Calcutta medical institutions reports 1879-81 [i.e.91]
Year: 1879
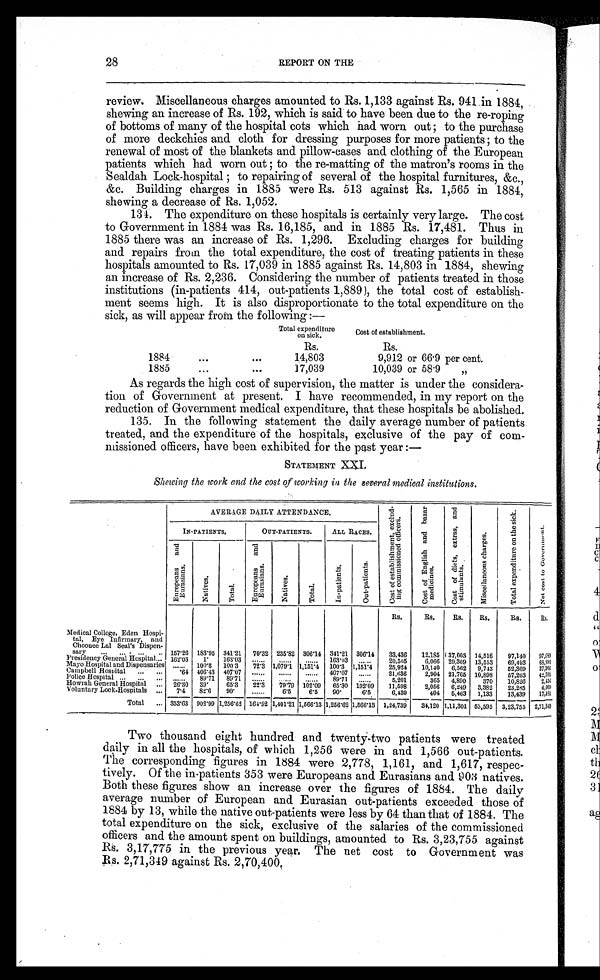
28
REPORT ON THE
review. Miscellaneous charges amounted to Rs. 1,133 against Rs. 941 in 1884,
shewing an increase of Rs. 192, which is said to have been due to the re-roping
of bottoms of many of the hospital cots which had worn out ; to the purchase
of more deckchies and cloth for dressing purposes for more patients ; to the
renewal of most of the blankets and pillow-cases and clothing of the European
patients which had worn out ; to the re-matting of the matron.s rooms in the
Sealdah Lock-hospital ; to repairing of several of the hospital furnitures, &c.,
&c. Building charges in 1885 were Rs. 513 against Rs. 1,565 in 1884,
shewing a decrease of Rs. 1,052.
134. The expenditure on these hospitals is certainly very large. The cost
to Government in 1884 was Rs. 16,185, and in 1885 Rs. 17,481. Thus in
1885 there was an increase of Rs. 1,296. Excluding charges for building
and repairs from the total expenditure, the cost of treating patients in these
hospitals amounted to Rs. 17,039 in 1885 against Rs. 14,803 in 1884, shewing
an increase of Rs. 2,236. Considering the number of patients treated in those
institutions (in-patients 414, out-patients 1,889), the total cost of establish-
ment seems high. It is also disproportionate to the total expenditure on the
sick, as will appear from the following:—
Total expenditure
on sick.
Cost of establishment.
Rs.
Rs.
1884
14,803
9,912 or 66.9 per cent.
1885
17,039
10,039 or 58.9
,,
As regards the high cost of supervision, the matter is under the considera-
tion of Government at present. I have recommended, in my report on the
reduction of Government medical expenditure, that these hospitals be abolished.
135. In the following statement the daily average number of patients
treated, and the expenditure of the hospitals, exclusive of the pay of com-
missioned officers, have been exhibited for the past year :—
STATEMENT XXI.
Shewing the work and the cost of working in the several medical institutions.
AVERAGE DAILY ATTENDANCE.
C o s t o f e s t a b l i s h m e n t , e x c l u d ¬ i n g c o m m i s s i o n e d o f f i c e r s .
C o s t o f E n g l i s h a n d b a z a r m e d i c i n e s . C o s t o f d i e t s , e x t r a s , a n d s t i m u l a n t s .
M i s c e l l a n e o u s c h a r g e s .
T o t a l e x p e n d i t u r e o n t h e s i c k .
N e t c o s t t o G o v e r n m e n t .
I N-PATI ENTS.
OUT-PATIENTS.
ALL RACES.
E u r o p e a n s a n d E u r a s i a n s .
N a t i v e s .
T o t a l .
E u r o p e a n s a n d E u r a s i a n s .
N a t i v e s .
T o t a l
I n - p a t i e n t s .
O u t - p a t i e n t s .
Rs.
Rs. Rs. Rs.
Rs.
Rs.
Medical College, Eden Hospi
¬tal, Eye Infirmary, and
Choonee Lal Seal's Dispen
¬sary
.. 157.26 183.95 341.21 70.32 235.82 306.14 341.21 306.14 33,436 12,185 37,003 14,516 97,140 97, 689
Presidency General Hospital 162.03 1 .
163.03 ..........
. . . . . . . . . .
. . . . . . . . . . 163.03
. . . . . . . . 20,505 6,066 29,369 13,553 69,493 68, 893
Mayo Hospital and Dispensaries . . . . . . . . 100.3 100.3 72.3 1,079.1 1,151.4 100.3 1,151.4 25,924 10,140 6,562 9,743 52,369 37, 366
Campbell Hospital
64 406.43 407.07 ......
. . . . . . .
. . . . . . . 407.07
. . . . . .
21,636 2,904 21,765 10,898 57,203 42, 795
Police Hospital
. . . . . . 89.71 89.71
. . . . . . . .
. . . . . .
89.71
5,201
365 4,890 370 10,826 2, 456
Howrah General Hospital
26.30 39. 65.3 22.3 79..79 102.09 65.30 102.09 11,598 2,056 6,249 3,382 23,285 4, 669
Voluntary Lock-Hospitals 7.4 82.6 90.
...... 6.5 6.5 90.
6.5
6,439
404 5,463 1,133 13,439 17, 481
Total
353.63 902.99 1,256.62 164.92 1,401.21 1,566.13 1,256.62 1,566.13 1,24,739 34,120 1,11,301 53,595 3,23,755 2, 71, 349
Two thousand eight hundred and twenty-two patients were treated
daily in all the hospitals, of which 1,256 were in and 1,566 out-patients.
The corresponding figures in 1884 were 2,778, 1,161, and 1,617, respec-
tively. Of the in-patients 353 were Europeans and Eurasians and 901 natives.
Both these figures show an increase over the figures of 1884. The daily
average number of European and Eurasian out-patients exceeded those of
1884 by 13, while the native out-patients were less by 64 than that of 1884. The
total expenditure on the sick, exclusive of the salaries of the commissioned
officers and the amount spent on buildings, amounted to Rs. 3,23,755 against
Rs. 3,17,775 in the previous year. The net cost to Government was
R s . 2 , 7 1 , 3 4 9 a g a i n s t R s . 2 , 7 0 , 4 0 0 .